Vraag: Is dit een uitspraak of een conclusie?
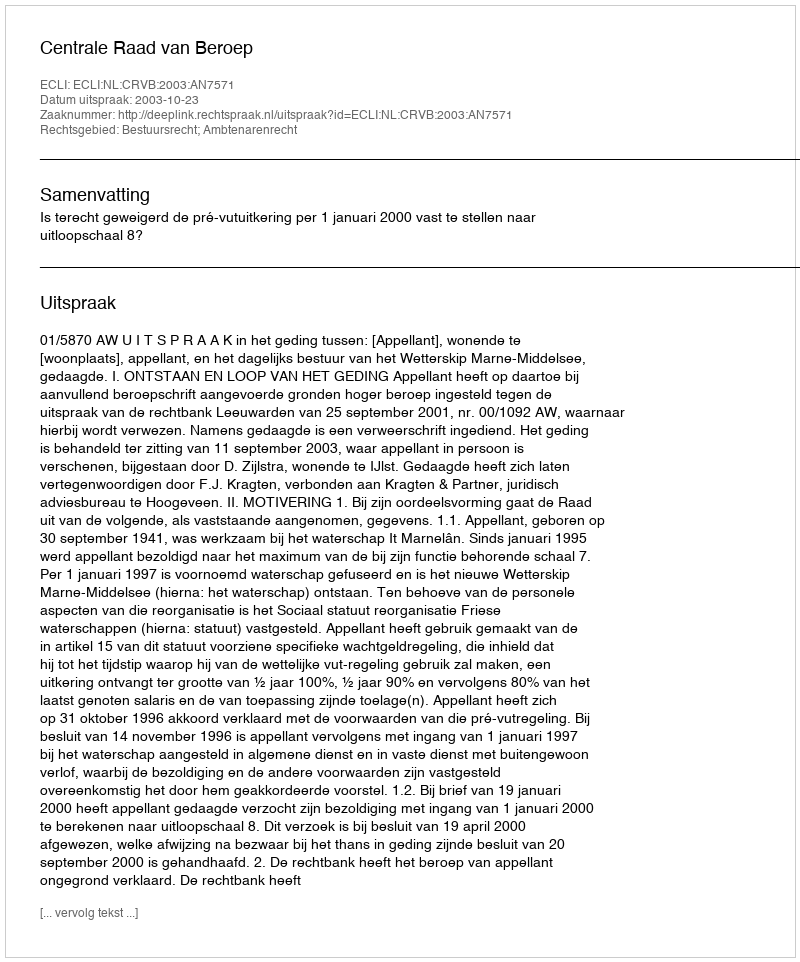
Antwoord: Uitspraak